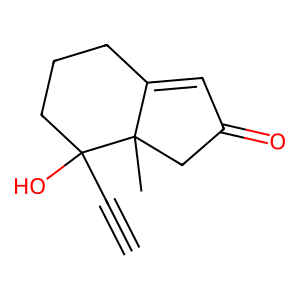
SMILES: C#CC1(O)CCCC2=CC(=O)CC21C
Inhibits HIV replication: No